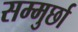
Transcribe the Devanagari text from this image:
सम्मुर्छा